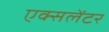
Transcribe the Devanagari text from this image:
एक्सलेंटर